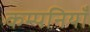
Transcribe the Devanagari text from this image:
कम्पनियॉं